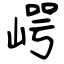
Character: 崿